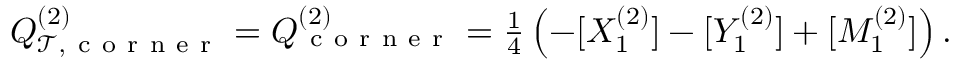
\begin{array} { r } { Q _ { \mathcal { T } , \mathrm { ~ c ~ o ~ r ~ n ~ e ~ r ~ } } ^ { ( 2 ) } = Q _ { \mathrm { ~ c ~ o ~ r ~ n ~ e ~ r ~ } } ^ { ( 2 ) } = \frac { 1 } { 4 } \left( - [ X _ { 1 } ^ { ( 2 ) } ] - [ Y _ { 1 } ^ { ( 2 ) } ] + [ M _ { 1 } ^ { ( 2 ) } ] \right) . } \end{array}